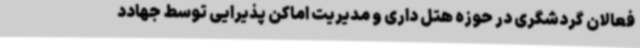
فعالان گردشگری در حوزه هتل داری و مدیریت اماکن پذیرایی توسط جهادد